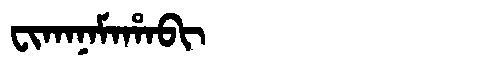
Manchu: ᠸᡳᡴᠠᠨᠠᠮᠠᡥᠠᠪᡳ
Romanization: FIKANAMAHABI